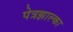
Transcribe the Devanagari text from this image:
पेत्रझाल्का